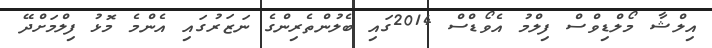
އިލްޝާ މޯލްޑިވްސް ފިލްމު އެވޯޑްސް 2014ގައި ބެލުންތެރިންގެ ނަޒަރުގައި އެންމެ މޮޅު ފިލްމަށްދޭ